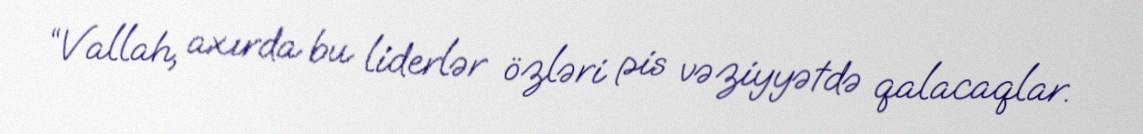
“Vallah, axırda bu liderlər özləri pis vəziyyətdə qalacaqlar.